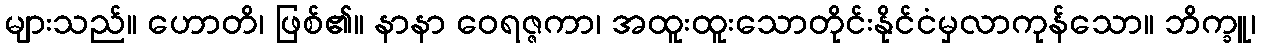
များသည်။ ဟောတိ၊ ဖြစ်၏။ နာနာ ဝေရဇ္ဇကာ၊ အထူးထူးသောတိုင်းနိုင်ငံမှလာကုန်သော။ ဘိက္ခူ၊